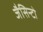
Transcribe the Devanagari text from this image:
जैसिन्टो